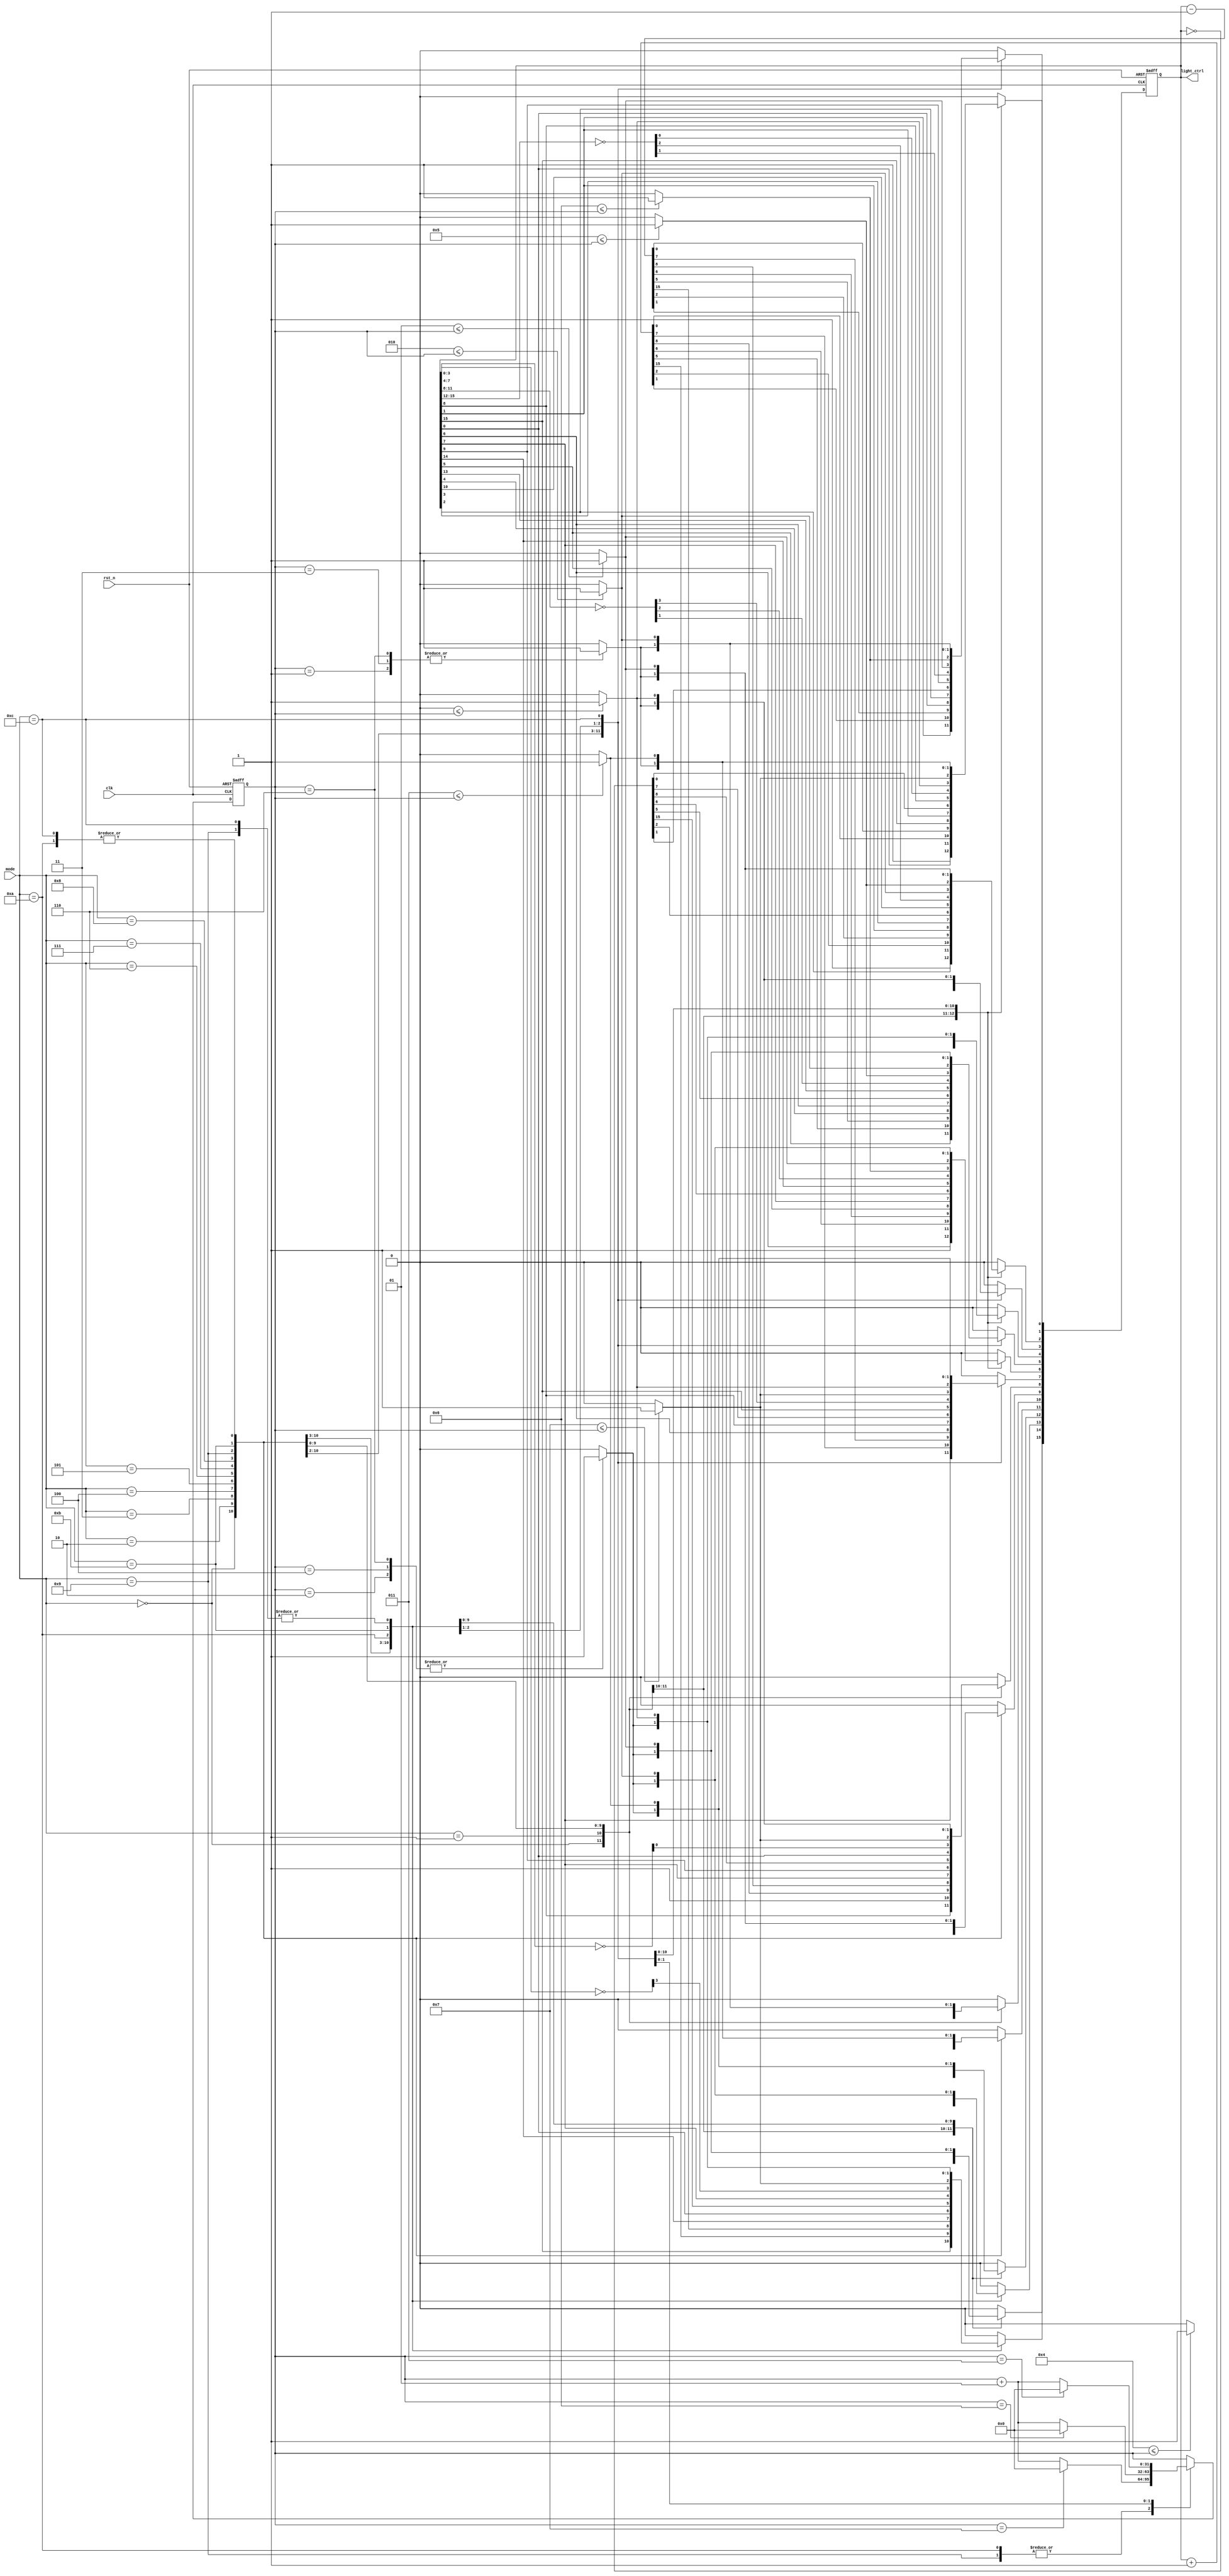
module led_display(
    input wire clk,
    input wire rst_n,
    input wire [3:0] mode,
    output reg [15:0] light_ctrl
);

    integer counter;
	integer i;

    // LED
    always @(posedge clk or negedge rst_n) begin
        if (!rst_n) begin 
            light_ctrl <= 16'd0;
            counter <= 3'd0;
        end else begin
            case (mode)
                4'd0: begin 
                    // LED
                end
                4'd1: light_ctrl <= 16'b0101010101010101;
                4'd2: light_ctrl <= light_ctrl + 16'd1;
                4'd3: light_ctrl <= light_ctrl - 16'd1;
                4'd4: light_ctrl <= {light_ctrl[14:0], light_ctrl[15]};
                4'd5: light_ctrl <= {light_ctrl[0], light_ctrl[15:1]};
                4'd6: light_ctrl <= ~light_ctrl;
                4'd7: light_ctrl <= {light_ctrl[7:0], light_ctrl[15:8]};
                4'd8: begin // LED414234132
                    light_ctrl[15:12] <= ~light_ctrl[3:0];
                    light_ctrl[11:8] <= ~light_ctrl[7:4];
                    light_ctrl[7:4] <= ~light_ctrl[11:8];
                    light_ctrl[3:0] <= ~light_ctrl[15:12];
                end
                4'd9: begin //
                    light_ctrl <= 16'b0000000000000000;
                    for (i = 0; i <= 7; i = i + 1) begin
						if (i <= counter) begin
                        	light_ctrl[i] <= 1'b1;
                        	light_ctrl[15-i] <= 1'b1;
						end
                    end
                    counter <= counter + 1;
                    if (counter == 7) begin
                        counter <= 0;
                    end
                end
                4'd10: begin // 
                    light_ctrl <= 16'b0000000000000000;
                    for (i = 0; i <= 7; i = i + 1) begin
						if (i <= counter) begin
	                        light_ctrl[7-i] <= 1'b1;
	                        light_ctrl[8+i] <= 1'b1;
						end
                    end
                    counter <= counter + 1;
                    if (counter == 7) begin
                        counter <= 0;
                    end
                end 
                4'd11: begin //
                    case (counter)
                        3'd0: light_ctrl <= 16'b0000000000000000;
                        3'd1: light_ctrl <= 16'b0000111100001111;
                        3'd2: light_ctrl <= 16'b1111000011110000;
                        3'd3: light_ctrl <= 16'b0000111100001111;
                        3'd4: light_ctrl <= 16'b1111000011110000;
                        3'd5: light_ctrl <= 16'b0000000000000000;
                        3'd6: light_ctrl <= 16'b1111111111111111;
                        default: light_ctrl <= 16'b0000000000000000;
                    endcase
                    counter <= counter + 1;
                    if (counter == 6) begin
                        counter <= 0;
                    end
                end
                4'd12: begin
                    light_ctrl = 16'b0000000000000000;

                    // 
                    for (i = 0; i <= 3; i = i + 1) begin
						if (i <= counter) begin
	                        light_ctrl[4 + i] = 1'b1;
	                        light_ctrl[3 - i] = 1'b1;
						end
                    end

                    // 
                    for (i = 0; i <= 3; i = i + 1) begin
						if (i <= counter) begin 
	                        light_ctrl[8 + i] = 1'b1;
	                        light_ctrl[15 - i] = 1'b1;
						end
                    end

                    counter <= counter + 1;
                    if (counter == 3) begin
                        counter <= 0;
                    end
                end
                default: light_ctrl <= 16'b0000000000000000;
            endcase
        end
    end

endmodule